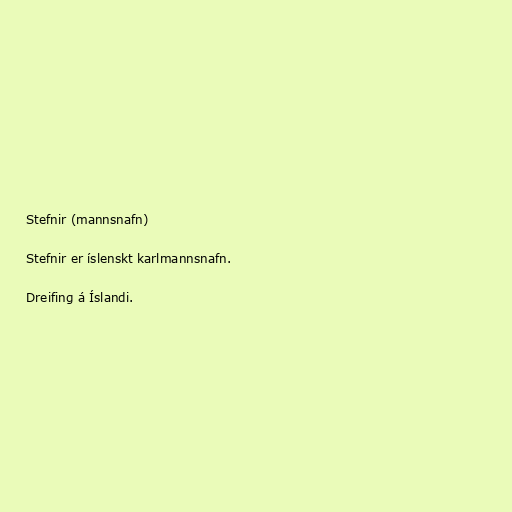
Stefnir (mannsnafn)

Stefnir er íslenskt karlmannsnafn.

Dreifing á Íslandi.